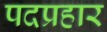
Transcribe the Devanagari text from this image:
पदप्रहार